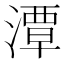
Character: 潭